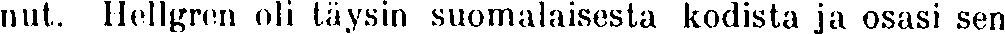
nut. Hellgren oli täysin suomalaisesta kodista ja osasi sen